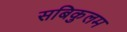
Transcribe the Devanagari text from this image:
सबिकुलम